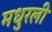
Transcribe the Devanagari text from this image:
मधुरली